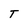
Character: T